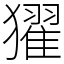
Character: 㺟